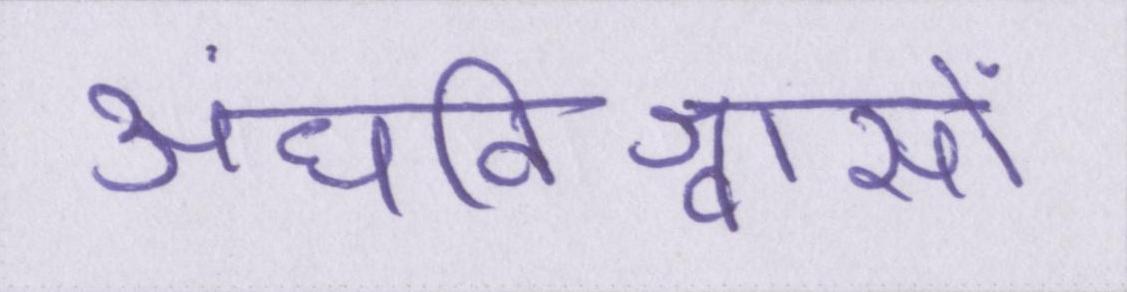
अंधविश्वासों